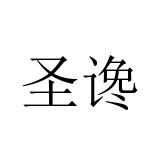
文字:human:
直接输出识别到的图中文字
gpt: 圣谗